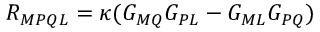
R _ { M P Q L } = \kappa ( G _ { M Q } G _ { P L } - G _ { M L } G _ { P Q } )